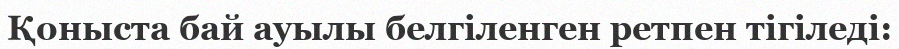
Қоныста бай ауылы белгіленген ретпен тігіледі: